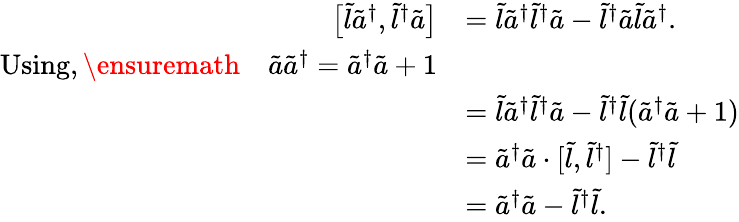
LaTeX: \begin{array}{rl}{\big[\tilde{l}\tilde{a}^{\dagger},\tilde{l}^{\dagger}\tilde{a}\big]}&{=\tilde{l}\tilde{a}^{\dagger}\tilde{l}^{\dagger}\tilde{a}-\tilde{l}^{\dagger}\tilde{a}\tilde{l}\tilde{a}^{\dagger}.}\\ {\mathrm{Using,\ensuremath{\quad}}\tilde{a}\tilde{a}^{\dagger}=\tilde{a}^{\dagger}\tilde{a}+1}\\ &{=\tilde{l}\tilde{a}^{\dagger}\tilde{l}^{\dagger}\tilde{a}-\tilde{l}^{\dagger}\tilde{l}(\tilde{a}^{\dagger}\tilde{a}+1)}\\ &{=\tilde{a}^{\dagger}\tilde{a}\cdot[\tilde{l},\tilde{l}^{\dagger}]-\tilde{l}^{\dagger}\tilde{l}}\\ &{=\tilde{a}^{\dagger}\tilde{a}-\tilde{l}^{\dagger}\tilde{l}.}\end{array}